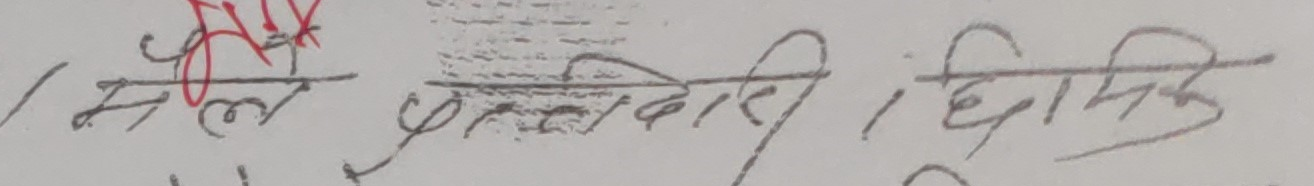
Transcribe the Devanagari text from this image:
सल्ले / प्रशासक / धार्मिक